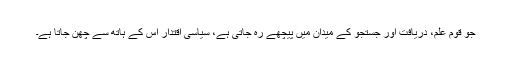
جو قوم علم، دریافت اور جستجو کے میدان میں پیچھے رہ جاتی ہے، سیاسی اقتدار اس کے ہاتھ سے چھن جاتا ہے۔